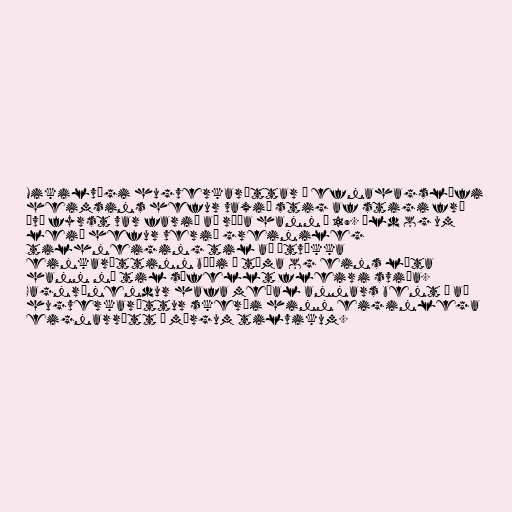
Mikilvægi hugverkaréttar í efnahagslífi
heimsins hefur vaxið stig af stigi frá
því fyrst var farið að ræða hann á 19. öld og um
leið hefur verið greinileg
tilhneiging til að útvíkka
einkaréttinn bæði í tíma og eins láta
hann ná til sífellt fleiri sviða.
Gagnrýnendur hafa meðal annars bent á að
hugverkaréttur skerði hinn eiginlega
eignarrétt í mörgum tilvikum.